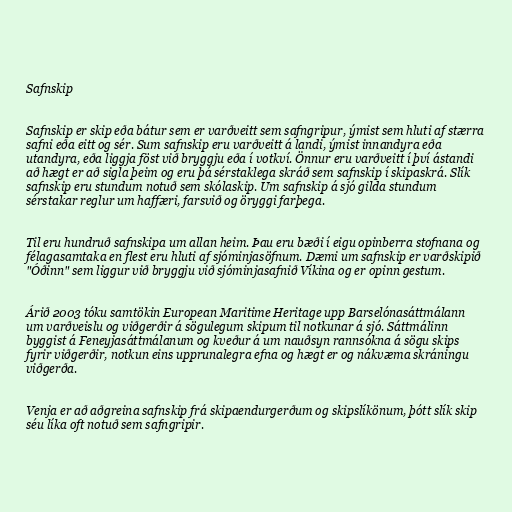
Safnskip

Safnskip er skip eða bátur sem er varðveitt sem safngripur, ýmist sem hluti af stærra
safni eða eitt og sér. Sum safnskip eru varðveitt á landi, ýmist innandyra eða
utandyra, eða liggja föst við bryggju eða í votkví. Önnur eru varðveitt í því ástandi
að hægt er að sigla þeim og eru þá sérstaklega skráð sem safnskip í skipaskrá. Slík
safnskip eru stundum notuð sem skólaskip. Um safnskip á sjó gilda stundum
sérstakar reglur um haffæri, farsvið og öryggi farþega.

Til eru hundruð safnskipa um allan heim. Þau eru bæði í eigu opinberra stofnana og
félagasamtaka en flest eru hluti af sjóminjasöfnum. Dæmi um safnskip er varðskipið
"Óðinn" sem liggur við bryggju við sjóminjasafnið Víkina og er opinn gestum.

Árið 2003 tóku samtökin European Maritime Heritage upp Barselónasáttmálann
um varðveislu og viðgerðir á sögulegum skipum til notkunar á sjó. Sáttmálinn
byggist á Feneyjasáttmálanum og kveður á um nauðsyn rannsókna á sögu skips
fyrir viðgerðir, notkun eins upprunalegra efna og hægt er og nákvæma skráningu
viðgerða.

Venja er að aðgreina safnskip frá skipaendurgerðum og skipslíkönum, þótt slík skip
séu líka oft notuð sem safngripir.